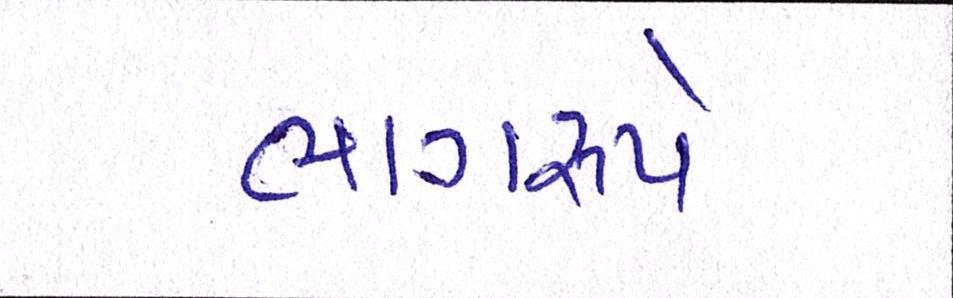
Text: ભાગરૂપે